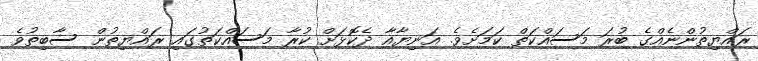
ރައްޔިތުންނެއްގެ ބުރަ މަސައްކަތް ކަމަށެވެ. އަނިޔާއާ ދެކޮޅަށް ކުރާ މަސައްކަތުގައި ރައްޔިތުން ސާބިތުވެ